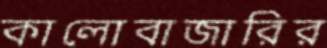
কালোবাজারির